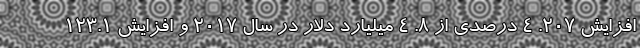
افزایش 207. 4 درصدی از 8. 4 میلیارد دلار در سال 2017 و افزایش 123.1